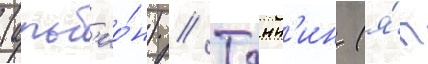
(альб'ио́н) // Танн'ин (я́п